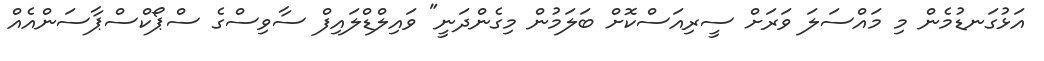
އަޅުގަނޑުމެން މި މައްސަލަ ވަރަށް ސީރިއަސްކޮށް ބަލަމުން މިގެންދަނީ" ވައިލްޑްލައިފް ސާވިސްގެ ސްޕޯކްސްޕާސަންއެއް